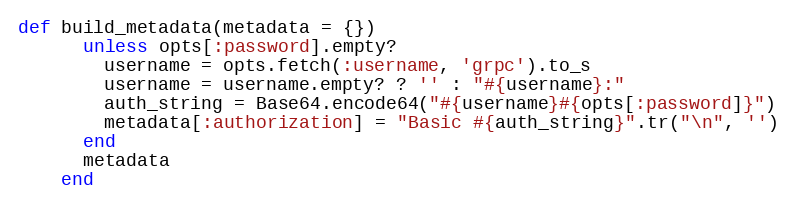
Language: Ruby
def build_metadata(metadata = {})
      unless opts[:password].empty?
        username = opts.fetch(:username, 'grpc').to_s
        username = username.empty? ? '' : "#{username}:"
        auth_string = Base64.encode64("#{username}#{opts[:password]}")
        metadata[:authorization] = "Basic #{auth_string}".tr("\n", '')
      end
      metadata
    end